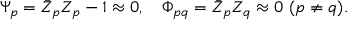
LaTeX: \Psi _ { p } = \bar { Z } _ { p } Z _ { p } - 1 \approx 0 , \quad \Phi _ { p q } = \bar { Z } _ { p } Z _ { q } \approx 0 \ ( p \neq q ) .